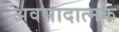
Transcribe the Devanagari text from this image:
अवसादात्मक